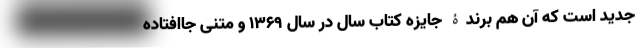
جدید است که آن هم برندۀ جایزه کتاب سال در سال 1369 و متنی جاافتاده